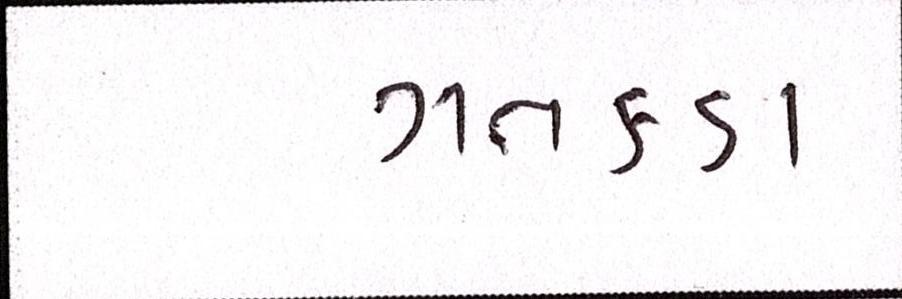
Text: ગતકડા